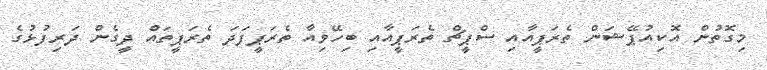
މިގޮތުން އޮކިއުޕޭޝަން ތެރަޕީއާއި ސްޕީޗް ތެރަޕީއާއި ބިހޭވިއާ ތެރަޕީފަދަ ތެރަޕީތައް ދީގެން ދަރިފުޅުގެ